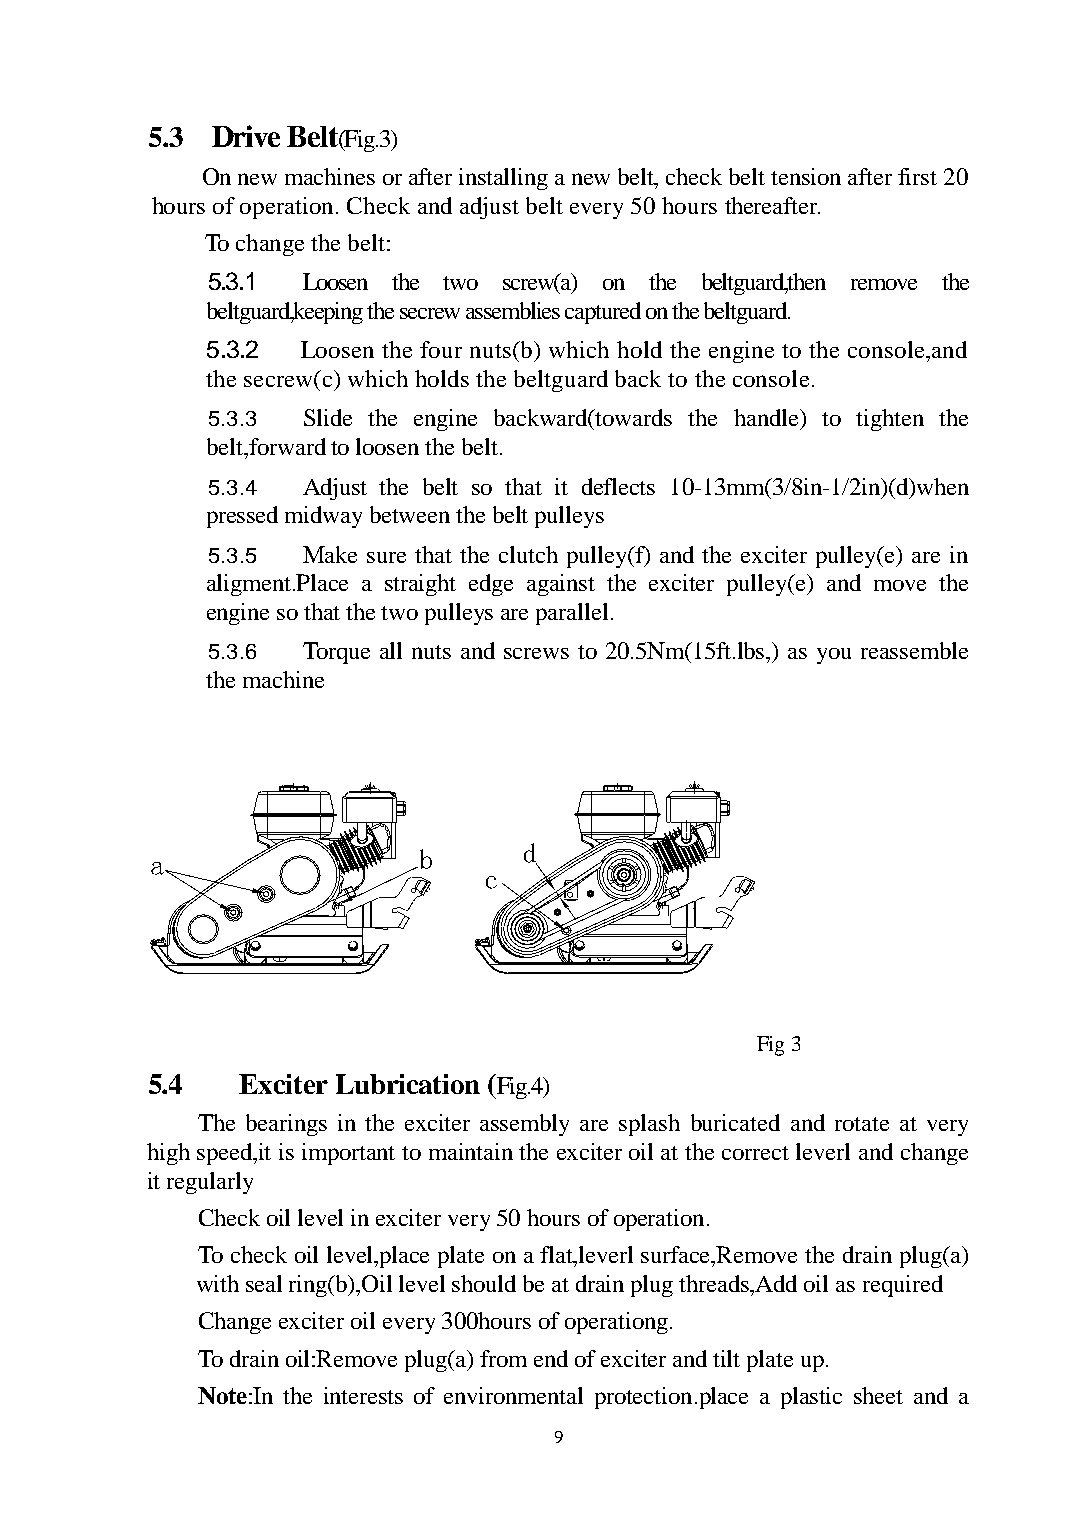
5.3 Drive Belt(Fig.3)
 On new machines or after installing a new belt, check belt tension after first 20
 hours of operation. Check and adjust belt every 50 hours thereafter.
 To change the belt:
 5.3.1 Loosen the two screw(a) on the beltguard,then remove the
 beltguard,keeping the secrew assemblies captured on the beltguard.
 5.3.2 Loosen the four nuts(b) which hold the engine to the console,and
 the secrew(c) which holds the beltguard back to the console.
 5.3.3 Slide the engine backward(towards the handle) to tighten the
 belt,forward to loosen the belt.
 5.3.4 Adjust the belt so that it deflects 10-13mm(3/8in-1/2in)(d)when
 pressed midway between the belt pulleys
 5.3.5 Make sure that the clutch pulley(f) and the exciter pulley(e) are in
 aligment.Place a straight edge against the exciter pulley(e) and move the
 engine so that the two pulleys are parallel.
 5.3.6 Torque all nuts and screws to 20.5Nm(15ft.lbs,) as you reassemble
 the machine
 a                 b      d
 c
 Fig 3
 5.4   Exciter Lubrication (Fig.4)
 The bearings in the exciter assembly are splash buricated and rotate at very
 high speed,it is important to maintain the exciter oil at the correct leverl and change
 it regularly
 Check oil level in exciter very 50 hours of operation.
 To check oil level,place plate on a flat,leverl surface,Remove the drain plug(a)
 with seal ring(b),Oil level should be at drain plug threads,Add oil as required
 Change exciter oil every 300hours of operationg.
 To drain oil:Remove plug(a) from end of exciter and tilt plate up.
 Note:In the interests of environmental protection.place a plastic sheet and a
 9